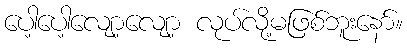
ပေါ့ပေါ့လျော့လျော့ လုပ်လို့မဖြစ်ဘူးနော်။